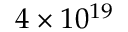
4 \times 1 0 ^ { 1 9 }